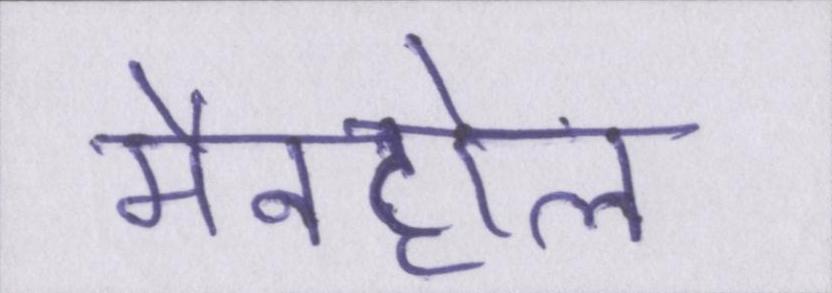
मैनहोल